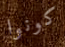
كونوا